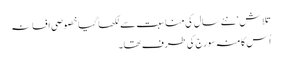
تلاش‘ نئے سال کی مناسبت سے لکھا گیا خصوصی افسانہ
اُس کا منہ سورج کی طرف تھا۔